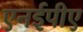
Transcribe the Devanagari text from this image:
एनईपीए